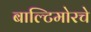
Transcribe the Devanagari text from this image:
बाल्टिमोरचे